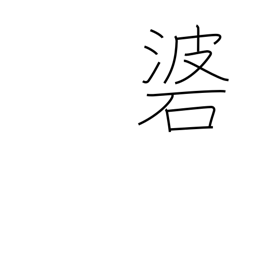
Meaning: weight attached to an arrow by a cord